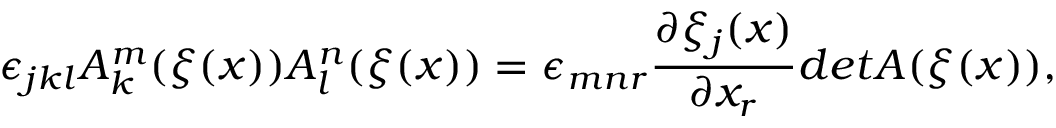
\epsilon _ { j k l } A _ { k } ^ { m } ( \xi ( x ) ) A _ { l } ^ { n } ( \xi ( x ) ) = \epsilon _ { m n r } \frac { \partial \xi _ { j } ( x ) } { \partial x _ { r } } d e t A ( \xi ( x ) ) ,